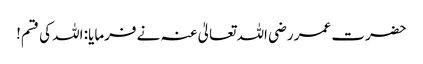
حضرت عمر رضی اللہ تعالیٰ عنہ نے فرمایا: اللہ کی قسم!